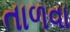
તાળવા